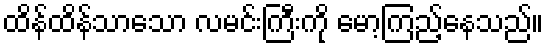
ထိန်ထိန်သာသော လမင်းကြီးကို မော့ကြည့်နေသည်။